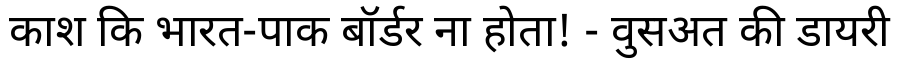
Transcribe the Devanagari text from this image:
काश कि भारत-पाक बॉर्डर ना होता! - वुसअत की डायरी